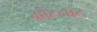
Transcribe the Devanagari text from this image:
कोटनाट